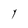
Character: Y